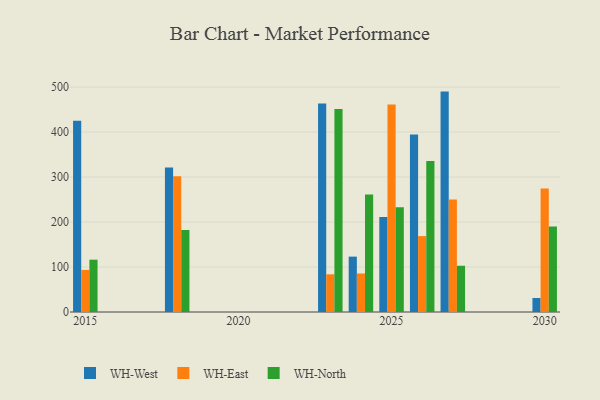
{"axis": {"x": "Year", "y": "Market Share (%)"}, "legend": ["WH-East", "WH-North", "WH-West"], "data": [{"x": "2026", "y": 394.8, "type": "WH-West"}, {"x": "2026", "y": 168.7, "type": "WH-East"}, {"x": "2026", "y": 335.9, "type": "WH-North"}, {"x": "2025", "y": 211.4, "type": "WH-West"}, {"x": "2025", "y": 461.5, "type": "WH-East"}, {"x": "2025", "y": 232.7, "type": "WH-North"}, {"x": "2015", "y": 424.9, "type": "WH-West"}, {"x": "2015", "y": 93.5, "type": "WH-East"}, {"x": "2015", "y": 116.3, "type": "WH-North"}, {"x": "2030", "y": 31.1, "type": "WH-West"}, {"x": "2030", "y": 274.4, "type": "WH-East"}, {"x": "2030", "y": 190.2, "type": "WH-North"}, {"x": "2018", "y": 321.3, "type": "WH-West"}, {"x": "2018", "y": 301.6, "type": "WH-East"}, {"x": "2018", "y": 182.3, "type": "WH-North"}, {"x": "2024", "y": 123.1, "type": "WH-West"}, {"x": "2024", "y": 85.6, "type": "WH-East"}, {"x": "2024", "y": 261.3, "type": "WH-North"}, {"x": "2027", "y": 489.9, "type": "WH-West"}, {"x": "2027", "y": 250.1, "type": "WH-East"}, {"x": "2027", "y": 102.8, "type": "WH-North"}, {"x": "2023", "y": 463.3, "type": "WH-West"}, {"x": "2023", "y": 83.8, "type": "WH-East"}, {"x": "2023", "y": 451.2, "type": "WH-North"}]}